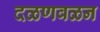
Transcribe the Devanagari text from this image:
दळणवळन